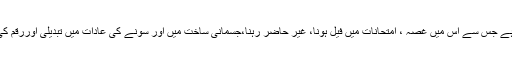
بری صحبت انسان کو نشے کی جانب کھینچ سکتی ہے جس سے اس میں غصہ ، امتحانات میں فیل ہونا، غیر حاضر رہنا،جسمانی ساخت میں اور سونے کی عادات میں تبدیلی اوررقم کی طلبی وغیرہ اس کی زندگی کا حصہ بن جاتے ہیں۔